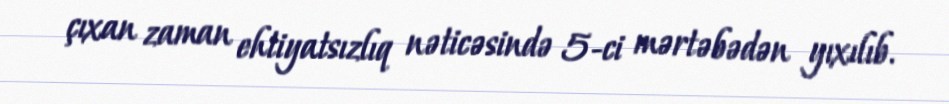
çıxan zaman ehtiyatsızlıq nəticəsində 5-ci mərtəbədən yıxılıb.